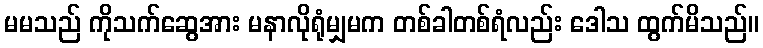
မမသည် ကိုသက်ဆွေအား မနာလိုရုံမျှမက တစ်ခါတစ်ရံလည်း ဒေါသ ထွက်မိသည်။